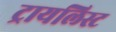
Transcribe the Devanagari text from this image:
ट्रायलिस्ट